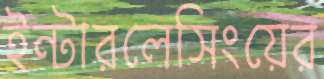
ইন্টারলেসিংয়ের